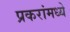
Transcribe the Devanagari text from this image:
प्रकरांमध्ये